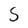
Character: S